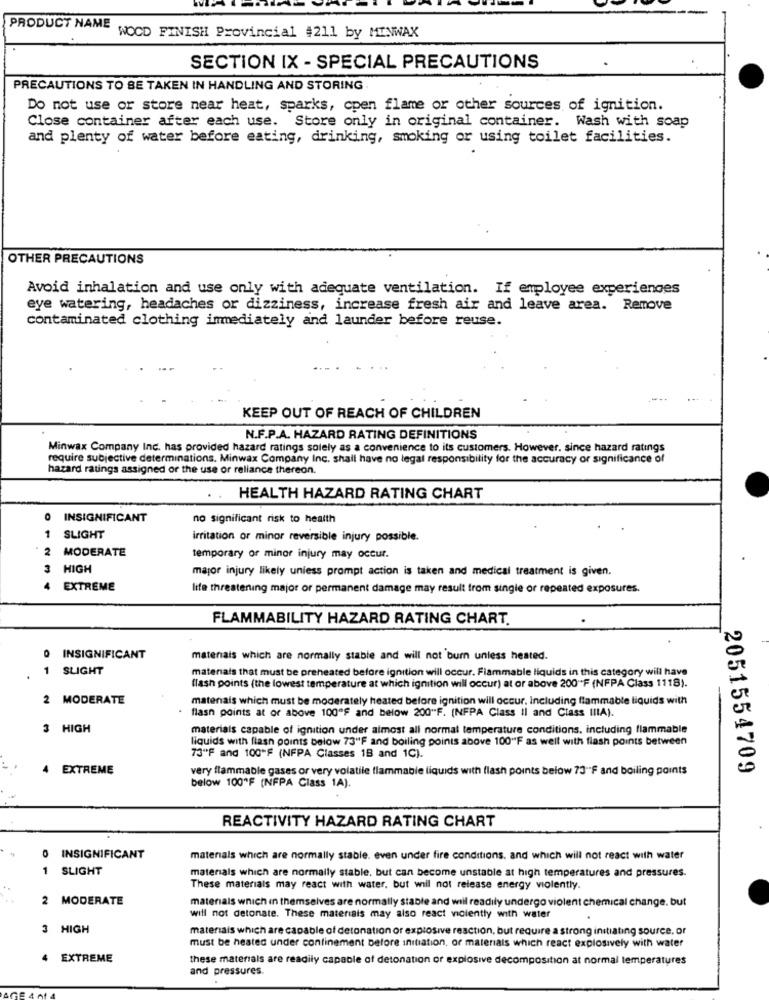
PRODUCT NAME
WOOD FINISH Provincial #211 by MINWAX
SECTION IX - SPECIAL PRECAUTIONS
PRECAUTIONS TO BE TAKEN IN HANDLING AND STORING
Do not use or store near heat, sparks, cpen flame or other sources of ignition.
Close container after each use. Store only in original container. Wash with soap
and plenty of water before eating, drinking, smoking or using toilet facilities.
OTHER PRECAUTIONS
Avoid inhalation and use only with adequate ventilation. If employee experiences
eye watering, headaches or dizziness, increase fresh air and leave area. Remove
contaminated clothing immediately and launder before reuse.
KEEP OUT OF REACH OF CHILDREN
N.F.P.A. HAZARD RATING DEFINITIONS
Minwax Company Inc. has provided hazard ratings solely as a convenience to its customers. However, since hazard ratings
require subjective determinations. Minwax Company Inc. shall have no legal responsibility for the accuracy or significance of
hazard ratings assigned or the use or reliance thereon.
. HEALTH HAZARD RATING CHART
INSIGNIFICANT
no significant risk to health
1
SLIGHT
irritation or minor reversible injury possible.
2
MODERATE
temporary of minor injury may occur.
3
HIGH
major injury likely unless prompt action is taken and medical treatment is given.
4 EXTREME
life threatening major or permanent damage may result from single or repeated exposures.
FLAMMABILITY HAZARD RATING CHART.
0 INSIGNIFICANT
materiais which are normally stable and will not burn unless heated.
1
SLIGHT
materials that must be preheated before ignition will occur. Flammable liquids in this category will have
flash points (the lowest temperature at which ignition will occur) at or above 200"F (NFPA Class 1118).
2 MODERATE
materials which must be moderately heated before ignition will occur, Including flammable liquids with
flash points at or above 100"F and below 200"F. (NFPA Class Il and Class IIIA).
3 HIGH
materials capable of ignition under almost all normal temperature conditions, including flammable
liquids with flash points below 73"F and boiling points above 100"F as well with flash points between
73ºF and 100"F (NFPA Classes 18 and 1C).
4 EXTREME
very flammable gases or very volatile flammable liquids with flash points below 73"F and boiling points
2051554709
below 100"F (NFPA Class 1A).
REACTIVITY HAZARD RATING CHART
INSIGNIFICANT
materials which are normally stable. even under fire conditions. and which will not react with water
1
SLIGHT
materials which are normally stable, but can become unstable at high temperatures and pressures.
These materials may react with water, but will not release energy violently.
...
2 MODERATE
materials which in themselves are normally stable and will readily undergo violent chemical change. but
will not detonate. These materials may also react viciently with water
3 HIGH
materiais which are capable of detonation or explosive reaction, but require a strong initiating source, or
must be heated under confinement before initiation, or materials which react explosively with water
EXTREME
these materials are readily capable of detonation or explosive decomposition at normal temperatures
and pressures.